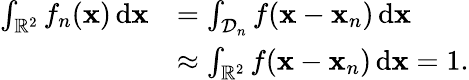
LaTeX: \begin{array}{rl}{\int_{\mathbb{R}^{2}}f_{n}(\mathbf{x})\, \mathrm{d}\mathbf{x}}&{=\int_{\mathcal{D}_{n}}f(\mathbf{x}-\mathbf{x}_{n})\, \mathrm{d}\mathbf{x}}\\ &{\approx\int_{\mathbb{R}^{2}}f(\mathbf{x}-\mathbf{x}_{n})\, \mathrm{d}\mathbf{x}=1.}\end{array}